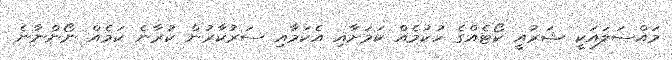
މައްސަލައަކީ ޝަރުއީ ކޯޓެއްގެ ހުކުމެއް ކަމަށާއި އެކަމާއި ސަރުކާރުން ކުރާނެ ކަމެއް ނޯންނާނެ